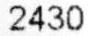
2430